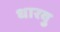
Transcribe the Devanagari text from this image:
धारवु